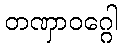
တဏှာဝဂ္ဂေါ